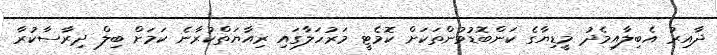
ދާއިރު އެބިލާއިމެދު މީޑިޔާގެ ކަންބޮޑުވުންތަކަށް ކޮމެޓީ މަރުހަލާގައި ރިއާޔަތްކުރާނެ ކަމަށް ބިލް ދިރާސާކުރާ